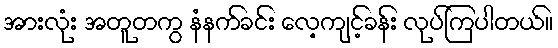
အားလုံး အတူတကွ နံနက်ခင်း လေ့ကျင့်ခန်း လုပ်ကြပါတယ်။